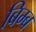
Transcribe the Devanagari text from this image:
बिम्‍ब